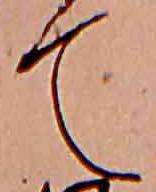
て